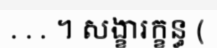
. . . ។ សង្ខារក្ខន្ធ (